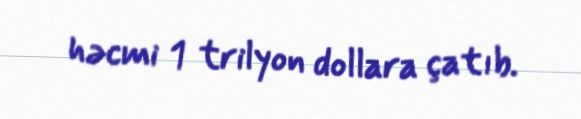
həcmi 1 trilyon dollara çatıb.